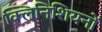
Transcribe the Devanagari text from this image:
क्लिनिशियनों